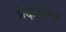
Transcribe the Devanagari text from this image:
प्रेक्षकांचं